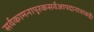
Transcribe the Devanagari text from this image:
सर्वकामनापूरकसर्वआपदानाशकहै।